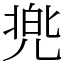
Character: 兠